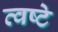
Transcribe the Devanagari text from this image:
त्वष्टे